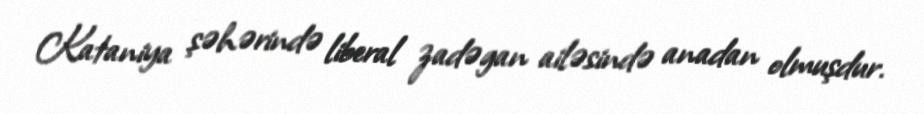
Kataniya şəhərində liberal zadəgan ailəsində anadan olmuşdur.